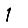
Digit: 1